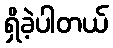
ရှိခဲ့ပါတယ်